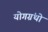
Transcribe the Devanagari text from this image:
योगग्रंथो